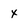
Character: x